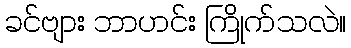
ခင်ဗျား ဘာဟင်း ကြိုက်သလဲ။